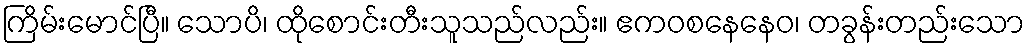
ကြိမ်းမောင်ပြီ။ သောပိ၊ ထိုစောင်းတီးသူသည်လည်း။ ဧကဝစနေနေဝ၊ တခွန်းတည်းသော